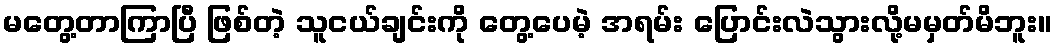
မတွေ့တာကြာပြီ ဖြစ်တဲ့ သူငယ်ချင်းကို တွေ့ပေမဲ့ အရမ်း ပြောင်းလဲသွားလို့မမှတ်မိဘူး။